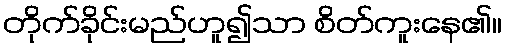
တိုက်ခိုင်းမည်ဟူ၍သာ စိတ်ကူးနေ၏။